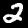
Label: 2